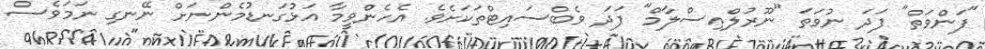
"ފަންވަތް" ފަދަ ނުވަތަ "ނޫރުލްއިސްލާމް" ފަދަ ވެބްސައިޓްތަކަށެވެ. އެހެންވީމާ އަޅުގަނޑުމެންނަށް ނޭނގި ނަމަވެސް